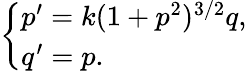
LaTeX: \left\{ \begin{array}{ll}{p^{\prime}=k(1+p^{2})^{3/2}q,}\\ {q^{\prime}=p.}\end{array}\right.